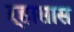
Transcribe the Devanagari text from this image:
ऱ्हासास